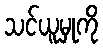
သင်ယူမှုကို